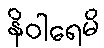
နိဝါရေမိ